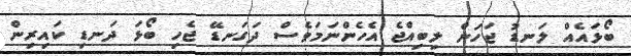
ބޯޅައެއް ލަނޑު ޖަހަން ލިބިއްޖެ އެހެންނަމަވެސް ދަގަނޑޭ ޖެހި ބޯޅަ ދަނޑި ކައިރިން